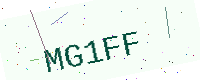
Text: MG1FF